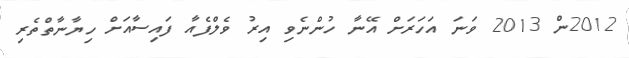
2012ން 2013 ވަނަ އަހަރަށް އޭނާ ހުންނެވި އިރު ވެލްފެއާ ފައިސާއަށް ހިޔާނާތްތެރި